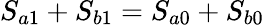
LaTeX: S_{a1}+S_{b1}=S_{a0}+S_{b0}